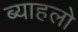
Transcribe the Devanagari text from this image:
ब्याहलो